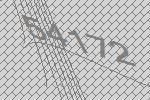
54172